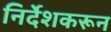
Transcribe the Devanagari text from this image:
निर्देशकरून